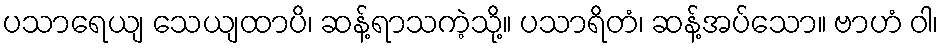
ပသာရေယျ သေယျထာပိ၊ ဆန့်ရာသကဲ့သို့။ ပသာရိတံ၊ ဆန့်အပ်သော။ ဗာဟံ ဝါ၊